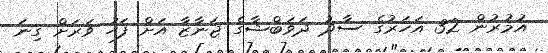
އުމުރުން 32 އަހަރުގެ ސާދު ދަވަބްޝާގެ ޖަނާޒާ އަށް ފަހު ވަރަށް ގިނަ